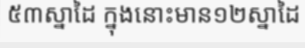
៥៣ស្នាដៃ ក្នុងនោះមាន១២ស្នាដៃ